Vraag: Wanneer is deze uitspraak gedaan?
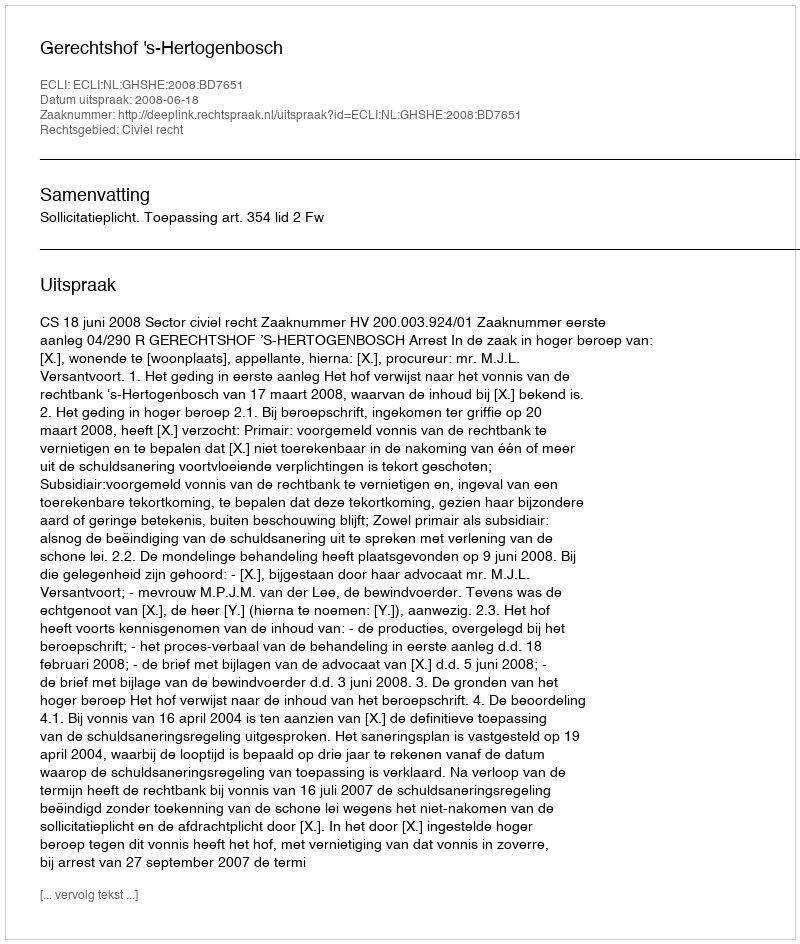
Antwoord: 2008-06-18